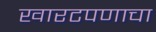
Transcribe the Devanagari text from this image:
खारटपणाचा